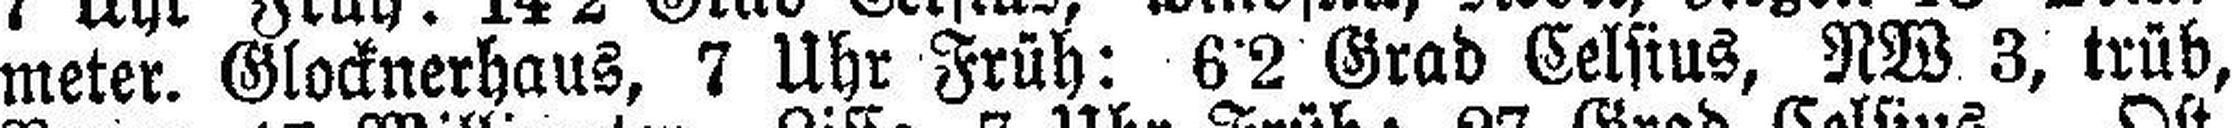
meter. Glocknerhaus, 7 Uhr Früh: 6•2 Grad Celsius, NW 3, trüb,